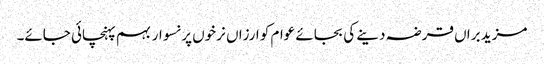
مزید براں قرضہ دینے کی بجائے عوام کو ارزاں نرخوں پر نسوار بہم پہنچائی جائے۔